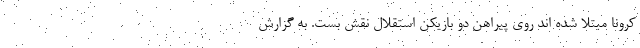
کرونا مبتلا شده اند روی پیراهن دو بازیکن استقلال نقش بست. به گزارش